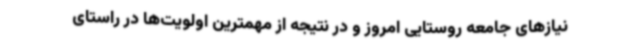
نیازهای جامعه روستایی امروز و در نتیجه از مهمترین اولویت‌ها در راستای